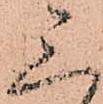
三